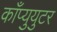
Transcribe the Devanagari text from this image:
काँप्युयुटर